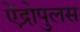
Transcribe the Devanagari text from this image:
ऐंद्रोपुलस